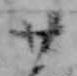
廿